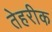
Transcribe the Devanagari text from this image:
तेहरीक